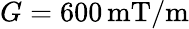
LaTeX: G=600\, \mathrm{mT/m}